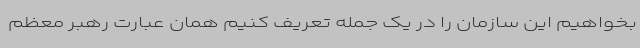
بخواهیم این سازمان را در یک جمله تعریف کنیم همان عبارت رهبر معظم